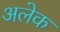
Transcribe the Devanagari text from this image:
अलेक